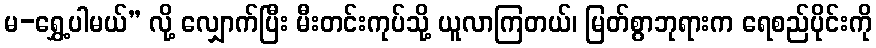
မ-ရွှေ့ပါမယ်” လို့ လျှောက်ပြီး မီးတင်းကုပ်သို့ ယူလာကြတယ်၊ မြတ်စွာဘုရားက ရေစည်ပိုင်းကို